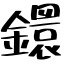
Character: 鐶